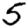
Digit: 5